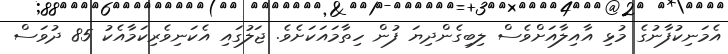
އެމަނިކުފާނުގެ މުޅި އާއިލާއަށްވެސް ލިބިގެންދިޔަ ފުން ހިތާމައަކަށެވެ. ޖަލުގައި އެކަނިވެރިކަމާއެކު 85 ދުވަސް